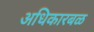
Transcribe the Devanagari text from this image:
अधिकारबळ